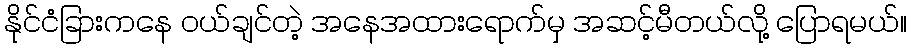
နိုင်ငံခြားကနေ ဝယ်ချင်တဲ့ အနေအထားရောက်မှ အဆင့်မီတယ်လို့ ပြောရမယ်။